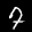
Label: 7